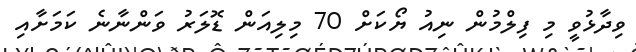
ވިދާޅުވީ މި ފިލްމުން ނިއު ޔޯކަށް 70 މިލިއަން ޑޮލަރު ވަންނާނެ ކަމަށާއި